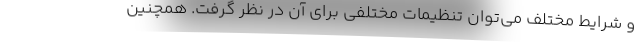
و شرایط مختلف می‌توان تنظیمات مختلفی برای آن در نظر گرفت. همچنین